Annual report of the Imperial Bacteriological Laboratory, Muktesar
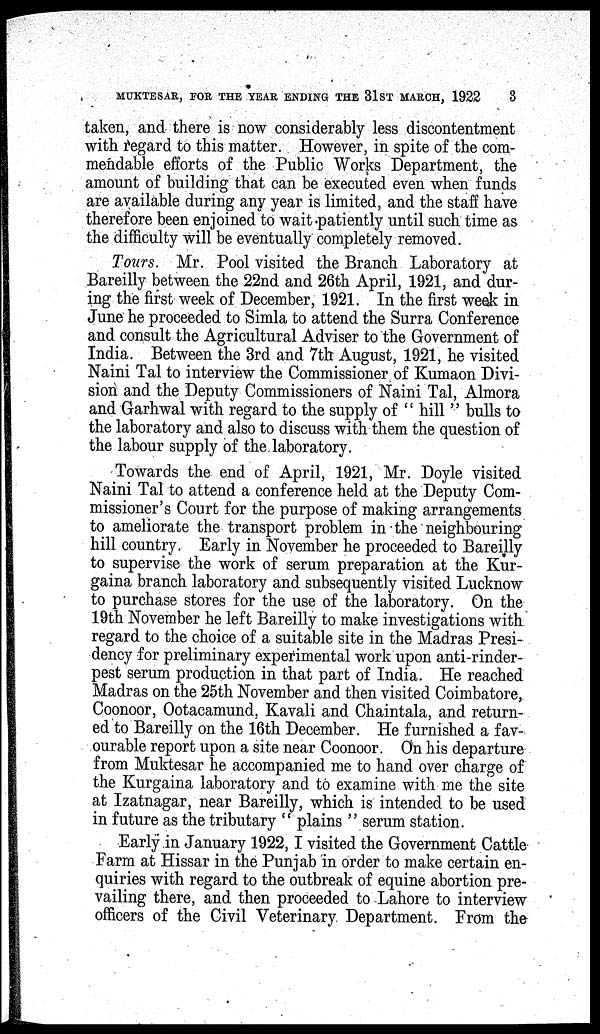
MUKTESAR, FOR THE YEAR ENDING THE 31ST MARCH, 1922
3
taken, and there is now considerably less discontentment
with regard to this matter. However, in spite of the com-
mendable efforts of the Public Works Department, the
amount of building that can be executed even when funds
are available during any year is limited, and the staff have
therefore been enjoined to wait patiently until such time as
the difficulty will be eventually completely removed.
Tours. Mr. Pool visited the Branch Laboratory at
Bareilly between the 22nd and 26th April, 1921, and dur-
ing the first week of December, 1921. In the first week in
June he proceeded to Simla to attend the Surra Conference
and consult the Agricultural Adviser to the Government of
India. Between the 3rd and 7th August, 1921, he visited
Naini Tal to interview the Commissioner of Kumaon Divi-
sion and the Deputy Commissioners of Naini Tal, Almora
and Garhwal with regard to the supply of " hill" bulls to
the laboratory and also to discuss with them the question of
the labour supply of the laboratory.
Towards the end of April, 1921, Mr. Doyle visited
Naini Tal to attend a conference held at the Deputy Com-
missioner's Court for the purpose of making arrangements
to ameliorate the transport problem in the neighbouring
hill country. Early in November he proceeded to Bareilly
to supervise the work of serum preparation at the Kur-
gaina branch laboratory and subsequently visited Lucknow
to purchase stores for the use of the laboratory. On the
19th November he left Bareilly to make investigations with
regard to the choice of a suitable site in the Madras Presi-
dency for preliminary experimental work upon anti-rinder-
pest serum production in that part of India. He reached
Madras on the 25th November and then visited Coimbatore,
Coonoor, Ootacamund, Kavali and Chaintala, and return-
ed to Bareilly on the 16th December. He furnished a fav-
ourable report upon a site near Coonoor. On his departure
from Muktesar he accompanied me to hand over charge of
the Kurgaina laboratory and to examine with me the site
at Izatnagar, near Bareilly, which is intended to be used
in future as the tributary " plains " serum station.
Early in January 1922, I visited the Government Cattle
Farm at Hissar in the Punjab in order to make certain en-
quiries with regard to the outbreak of equine abortion pre-
vailing there, and then proceeded to Lahore to interview
officers of the Civil Veterinary Department. From the